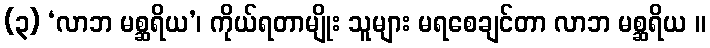
(၃) ‘လာဘ မစ္ဆရိယ’၊ ကိုယ်ရတာမျိုး သူများ မရစေချင်တာ လာဘ မစ္ဆရိယ ။